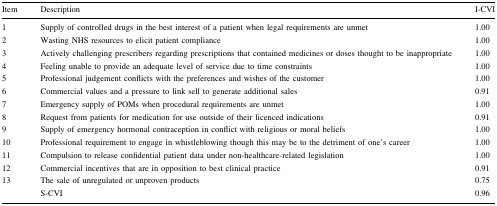
| Item | Description | I-CVI |
 | --- | --- | --- |
 | 1 | Supply of controlled drugs in the best interest of a patient when legal requirements are unmet | 1.00 |
 | 2 | Wasting NHS resources to elicit patient compliance | 1.00 |
 | 3 | Actively challenging prescribers regarding prescriptions that contained medicines or doses thought to be inappropriate | 1.00 |
 | 4 | Feeling unable to provide an adequate level of service due to time constraints | 1.00 |
 | 5 | Professional judgement conflicts with the preferences and wishes of the customer | 1.00 |
 | 6 | Commercial values and a pressure to link sell to generate additional sales | 0.91 |
 | 7 | Emergency supply of POMs when procedural requirements are unmet | 1.00 |
 | 8 | Request from patients for medication for use outside of their licenced indications | 0.91 |
 | 9 | Supply of emergency hormonal contraception in conflict with religious or moral beliefs | 1.00 |
 | 10 | Professional requirement to engage in whistleblowing though this may be to the detriment of one’s career | 1.00 |
 | 11 | Compulsion to release confidential patient data under non-healthcare-related legislation | 1.00 |
 | 12 | Commercial incentives that are in opposition to best clinical practice | 0.91 |
 | 13 | The sale of unregulated or unproven products | 0.75 |
 |  | S-CVI | 0.96 |